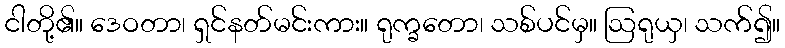
ငါတို့၏။ ဒေဝတာ၊ ရှင်နတ်မင်းကား။ ရုက္ခတော၊ သစ်ပင်မှ။ ဩရုယှ၊ သက်၍။